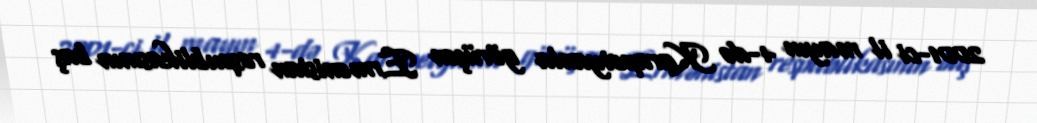
2001-ci il mayın 4-də Karapetyanla görüşən Ermənistan respublikasının baş